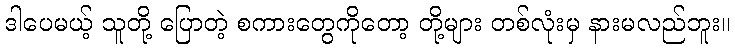
ဒါပေမယ့် သူတို့ ပြောတဲ့ စကားတွေကိုတော့ တို့များ တစ်လုံးမှ နားမလည်ဘူး။